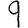
Digit: 9